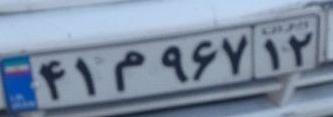
۴۱م۹۶۷۱۲